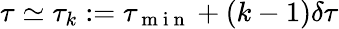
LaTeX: \tau\simeq\tau_{k}:=\tau_{\mathrm{~m~i~n~}}+(k-1)\delta\tau